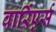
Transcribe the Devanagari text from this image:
वार्रिएर्स